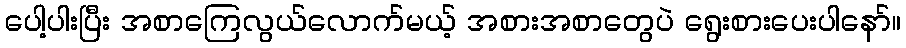
ပေါ့ပါးပြီး အစာကြေလွယ်လောက်မယ့် အစားအစာတွေပဲ ရွေးစားပေးပါနော်။